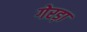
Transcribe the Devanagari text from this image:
गेरड़ा